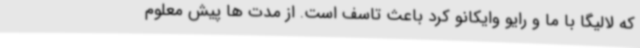
که لالیگا با ما و رایو وایکانو کرد باعث تاسف است. از مدت ها پیش معلوم